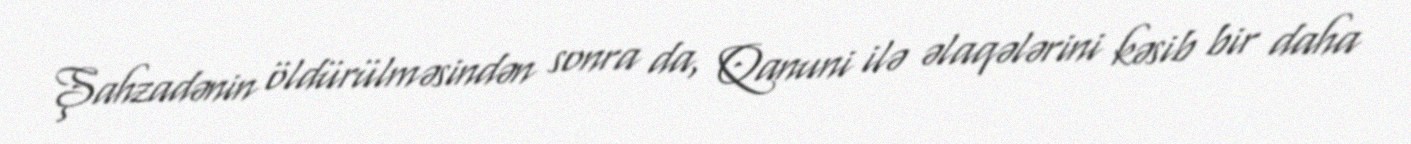
Şahzadənin öldürülməsindən sonra da, Qanuni ilə əlaqələrini kəsib bir daha